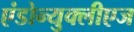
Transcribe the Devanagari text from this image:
एंडोन्युक्लीएज